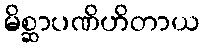
မိစ္ဆာပဏိဟိတာယ